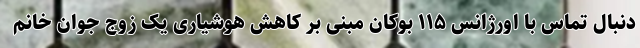
دنبال تماس با اورژانس ۱۱۵ بوکان مبنی بر کاهش هوشیاری یک زوج جوان خانم